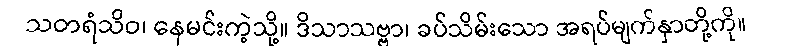
သတရံသိဝ၊ နေမင်းကဲ့သို့။ ဒိသာသဗ္ဗာ၊ ခပ်သိမ်းသော အရပ်မျက်နှာတို့ကို။